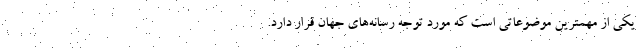
یکی از مهمترین موضوعاتی است که مورد توجه رسانه‌های جهان قرار دارد.